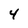
Character: 4